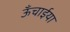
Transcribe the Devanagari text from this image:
ऊँचाईया